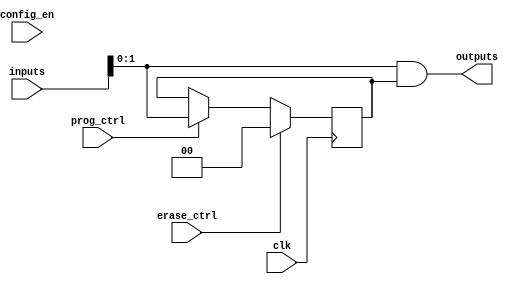
module EPLD #(parameter N_INPUTS = 4, parameter N_OUTPUTS = 2, parameter N_LOGIC_BLOCKS = 8)(
    input wire [N_INPUTS-1:0] inputs,
    input wire [N_OUTPUTS-1:0] config_en, // Configuration Enable for outputs
    input wire clk,
    input wire prog_ctrl,  // Programming Control Signal
    input wire erase_ctrl,  // Erase Control Signal
    output reg [N_OUTPUTS-1:0] outputs
);

    // Memory to store configuration data (assumed to be SRAM/EEPROM):
    reg [N_OUTPUTS-1:0] logic_config [0:N_LOGIC_BLOCKS-1];

    // Internal signals for logic operation
    wire [N_OUTPUTS-1:0] logic_out [0:N_LOGIC_BLOCKS-1];

    // Example logic function implementation (e.g., AND and OR)
    integer i;
    always @(*) begin
        for (i = 0; i < N_LOGIC_BLOCKS; i = i + 1) begin
            logic_out[i] = inputs[N_INPUTS-1:0] & logic_config[i]; // AND operation
        end
        outputs = logic_out[0]; // Simplified output selection; can be expanded.
    end

    // Programming the EPLD
    always @(posedge clk) begin
        if (prog_ctrl) begin
            // Load configuration data into the logic array
            logic_config[0] <= inputs; // Simplified: write directly from inputs
            // Add further logic to assign additional configurations as needed
        end
        
        // Erasing the configuration
        if (erase_ctrl) begin
            // Logic to erase configuration: Reset logic_config
            for (i = 0; i < N_LOGIC_BLOCKS; i = i + 1) begin
                logic_config[i] <= {N_OUTPUTS{1'b0}}; // Reset to zero
            end
        end
    end

endmodule